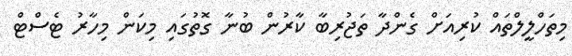
މިތަހްލީލްތައް ކުރިއަށް ގެންދާ ތަޖުރިބާ ކާރުން ބުނާ ގޮތުގައި މިކަން މިހާރު ޓެސްޓް